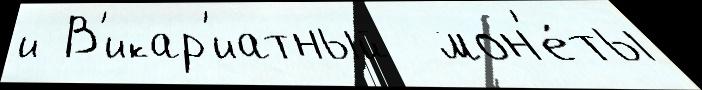
и В'икар'иатный  мон'е́ты